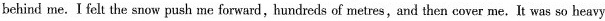
behind me. I felt the snow push me forward, hundreds of metres, and then cover me.It was so heavy